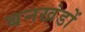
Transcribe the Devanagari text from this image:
बनखंडों